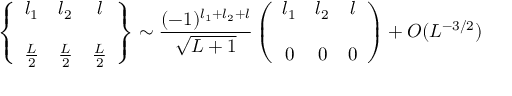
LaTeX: \left\{ \begin{array} { c c c } { { l _ { 1 } } } & { { l _ { 2 } } } & { { l } } \\ { { { } } } & { { { } } } & { { } } \\ { { { \frac { L } { 2 } } } } & { { { \frac { L } { 2 } } } } & { { { \frac { L } { 2 } } } } \end{array} \right\} \sim { \frac { ( - 1 ) ^ { l _ { 1 } + l _ { 2 } + l } } { \sqrt { L + 1 } } } \left( \begin{array} { c c c } { { l _ { 1 } } } & { { l _ { 2 } } } & { { l } } \\ { { { } } } & { { { } } } & { { } } \\ { { 0 } } & { { 0 } } & { { 0 } } \end{array} \right) + O ( L ^ { - 3 / 2 } )